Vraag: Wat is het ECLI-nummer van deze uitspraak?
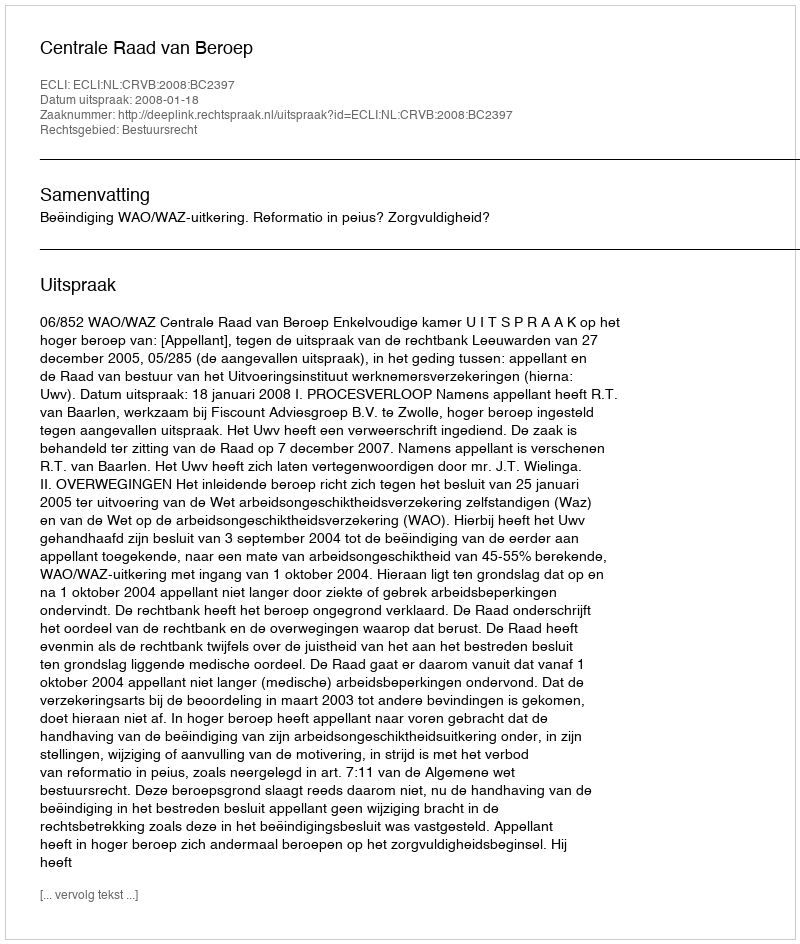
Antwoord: ECLI:NL:CRVB:2008:BC2397